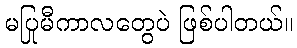
မပြုမီကာလတွေပဲ ဖြစ်ပါတယ်။